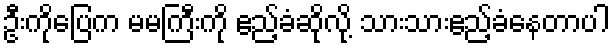
ဦးကိုပြေက မမကြီးကို ဧည့်ခံဆိုလို့ သားသားဧည့်ခံနေတာပါ